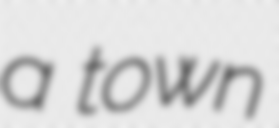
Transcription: a town